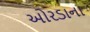
ઓરડાના